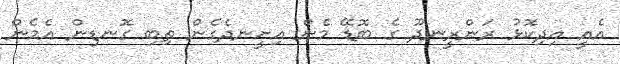
އެއީ އިދިކޮޅު ރަންރީނދޫ ގެ ބޮޑޭ މެން އިށީނދެގެން ތިބި ގޮނޑިން އެމެން